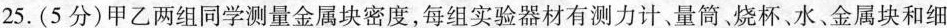
25.(5分)甲乙两组同学测量金属块密度，每组实验器材有测力计、量筒。烧杯、水、金属块和细